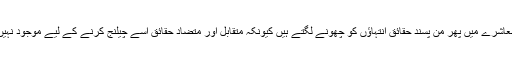
ایسے معاشرے میں پھر من پسند حقائق انتہاؤں کو چھونے لگتے ہیں کیونکہ متقابل اور متضاد حقائق اسے چیلنج کرنے کے لیے موجود نہیں ہوتے۔